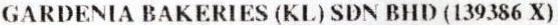
GARDENIA BAKERIES (KL) SDN BHD (139386 X)